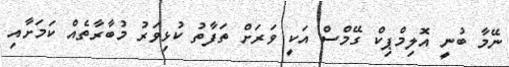
ނޭމާ ބުނީ އޮލިމްޕިކް ގޭމްސް އަކީ ވަރަށް ތަފާތު ކުޅިވަރު މުބާރާތެއް ކަމަށާއި